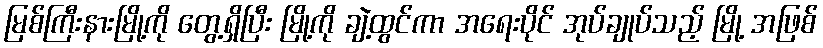
မြစ်ကြီးနားမြို့ကို တွေ့ရှိပြီး မြို့ကို ချဲ့ထွင်ကာ အရေးပိုင် အုပ်ချုပ်သည့် မြို့ အဖြစ်